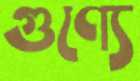
গুণ্যে